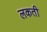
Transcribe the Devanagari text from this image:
लकती